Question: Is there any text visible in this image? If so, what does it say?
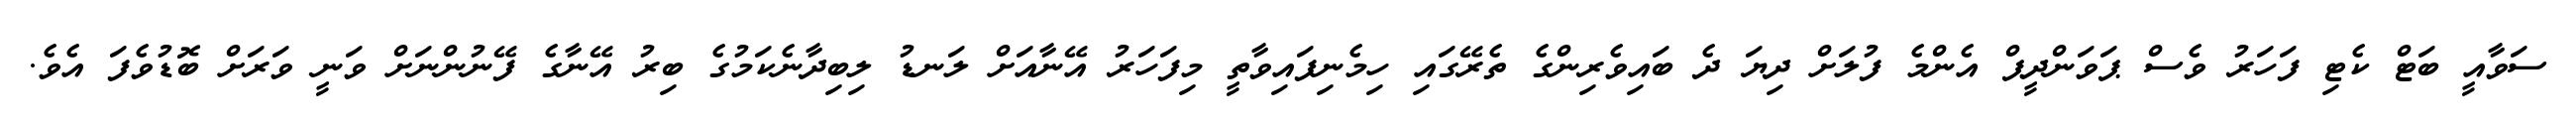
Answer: ސަވާއީ ބަޓް ކެޓި ފަހަރު ވެސް ޕަވަންދީޕް އެންމެ ފުލަށް ދިޔަ ދެ ބައިވެރިންގެ ތެރޭގައި ހިމެނިފައިވާތީ މިފަހަރު އޭނާއަށް ލަނޑު ލިބިދާނެކަމުގެ ބިރު އޭނާގެ ފޭނުންނަށް ވަނީ ވަރަށް ބޮޑުވެފަ އެވެ.